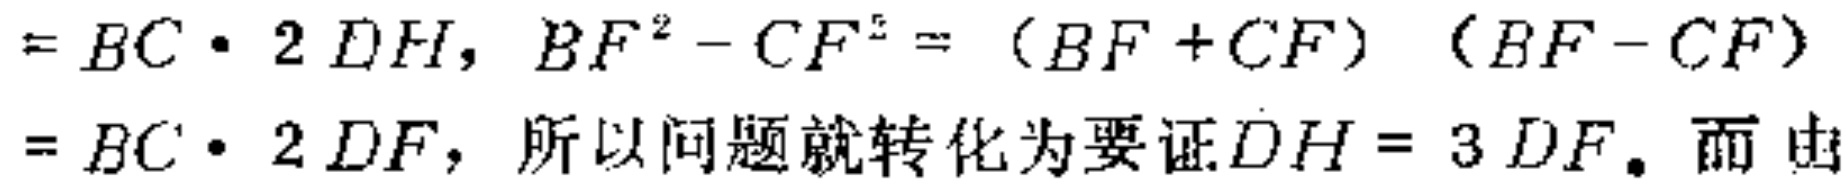
$=BC\cdot 2DH,BF^{2}-CF^{2}=(BF + CF)(BF - CF)=BC\cdot 2DF,所以问题就转化为要证DH = 3DF。而由$